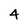
Character: 4